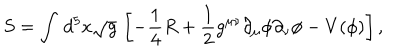
S = \int \, d ^ { 5 } x \sqrt { g } \, \left[ - \frac { 1 } { 4 } R + \frac { 1 } { 2 } g ^ { \mu \nu } \partial _ { \mu } \phi \partial _ { \nu } \phi - V ( \phi ) \right] ,